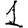
Digit: 1